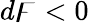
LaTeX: d\digamma<0